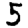
Digit: 5